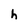
Character: h